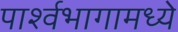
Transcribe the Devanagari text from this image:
पार्श्वभागामध्ये